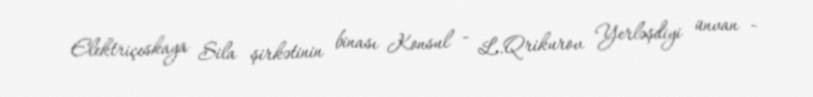
Elektriçeskaya Sila şirkətinin binası Konsul - L.Qrikurov Yerləşdiyi ünvan -